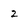
Character: 2